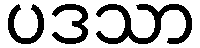
ပဒသာ